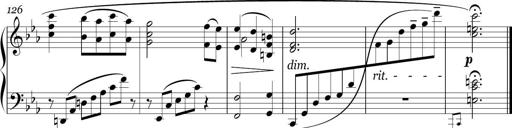
Title: Sonatina in E minor
Composer: Shuwen Zhang
Key: E minor